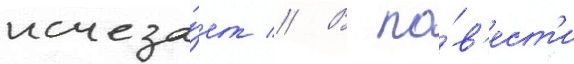
исчеза́ет // В по́в'ест'и